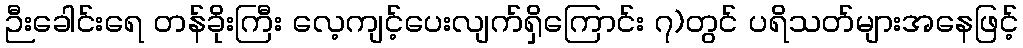
ဉီးခေါင်းရေ တန်ခိုးကြီး လေ့ကျင့်ပေးလျက်ရှိကြောင်း ၇)တွင် ပရိသတ်များအနေဖြင့်